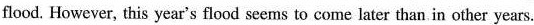
flood. However, this year's flood seems to come later than in other years.